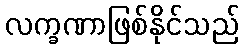
လက္ခဏာဖြစ်နိုင်သည်